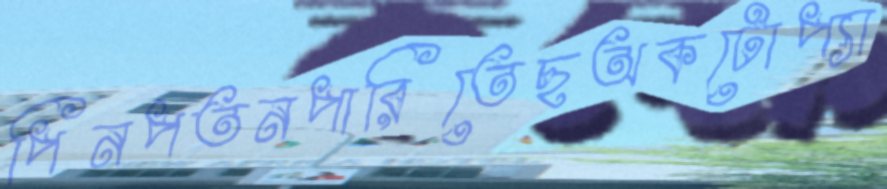
পিনপতনপারিতেছঅকটোপ্যা